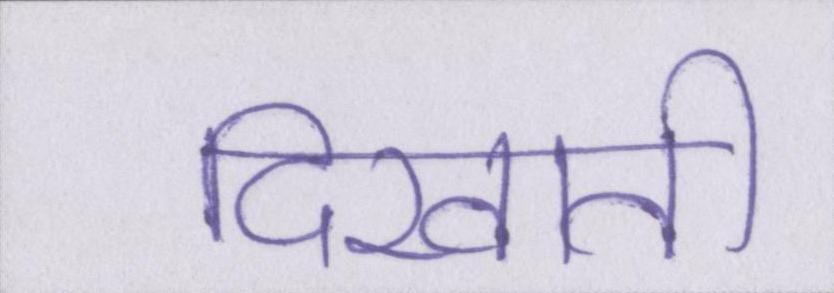
दिखाती